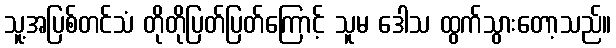
သူ့အပြစ်တင်သံ တိုတိုပြတ်ပြတ်ကြောင့် သူမ ဒေါသ ထွက်သွားတော့သည်။